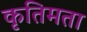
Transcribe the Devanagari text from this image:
कृतिमता